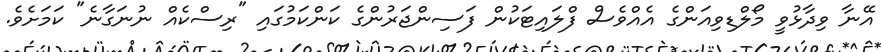
އޭނާ ވިދާޅުވީ މޯލްޑިވިއަންގެ އެއްވެސް ފްލައިޓަކުން ފަސިންޖަރުންގެ ކަންކަމުގައި "ރިސްކެއް ނުނަގާނެ" ކަަމަށެވެ.